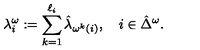
\lambda _ { i } ^ { \omega } : = \sum _ { k = 1 } ^ { \ell _ { i } } \hat { \lambda } _ { \omega ^ { k } ( i ) } , \quad i \in \hat { \Delta } ^ { \omega } .